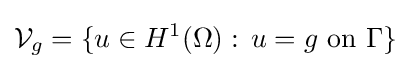
{\mathcal {V}}_{g}=\{u\in H^{1}(\Omega ):\,u=g{\text{ on }}\Gamma \}